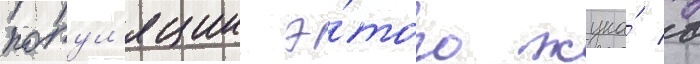
попул'яции э́того жука́ в